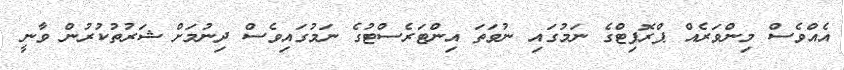
އެއްވެސް މިންވަރެއް ޕްރޮފިޓްގެ ނަމުގައި ނުވަތަ އިންޓަރެސްޓުގެ ނަމުގައިވެސް ދިނުމަށް ޝަރުތުކުރުން ވާނީ